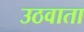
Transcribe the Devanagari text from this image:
उठवाता